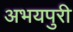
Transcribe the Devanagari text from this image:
अभयपुरी